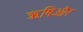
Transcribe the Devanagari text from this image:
ऋषिऔर